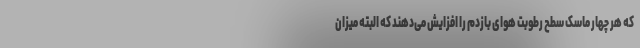
که هر چهار ماسک سطح رطوبت هوای بازدم را افزایش می‌دهند که البته میزان